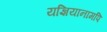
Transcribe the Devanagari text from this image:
यज्ञियानामपि